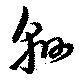
綿